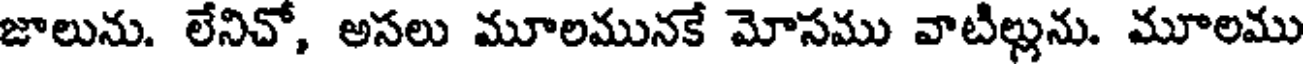
జాలును. లేనిచో, అసలు మూలమునకే మోసము వాటిల్లును. మూలము